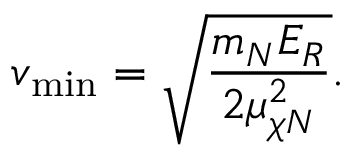
v _ { \mathrm { m i n } } = \sqrt { \frac { m _ { N } E _ { R } } { 2 \mu _ { \chi N } ^ { 2 } } } .